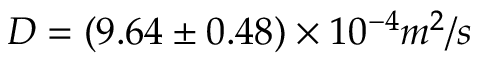
D = ( 9 . 6 4 \pm 0 . 4 8 ) \times 1 0 ^ { - 4 } m ^ { 2 } / s